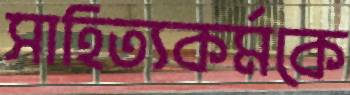
সাহিত্যকর্মকে